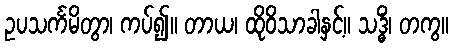
ဥပသင်္ကမိတွာ၊ ကပ်၍။ တာယ၊ ထိုဝိသာခါနှင့်။ သဒ္ဓိံ၊ တကွ။